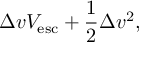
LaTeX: \Delta v V _ { \mathrm { e s c } } + { \frac { 1 } { 2 } } \Delta v ^ { 2 } ,